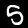
Label: 5